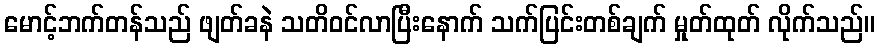
မောင့်ဘက်တန်သည် ဖျတ်ခနဲ သတိဝင်လာပြီးနောက် သက်ပြင်းတစ်ချက် မှုတ်ထုတ် လိုက်သည်။